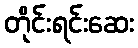
တိုင်းရင်းဆေး